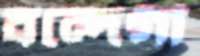
বন্দেগী